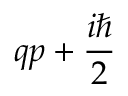
q p + { \frac { i \hbar } { 2 } }